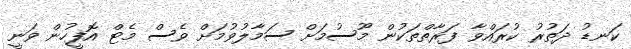
ކަނޑު ދަތުރު ކުރައްވާ ފަރާތްތަކުން މޫސުމަށް ސަމާލުވުމަށް ވެސް މެޓް އޮފީހުން ވަނީ